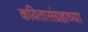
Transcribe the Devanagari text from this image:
कवितासंग्रहाच्या